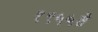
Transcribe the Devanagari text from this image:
१९५५ते